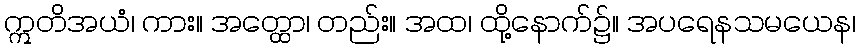
ဣတိအယံ၊ ကား။ အတ္ထော၊ တည်း။ အထ၊ ထို့နောက်၌။ အပရေနသမယေန၊